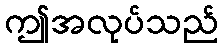
ဤအလုပ်သည်